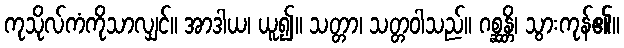
ကုသိုလ်ကံကိုသာလျှင်။ အာဒါယ၊ ယူ၍။ သတ္တာ၊ သတ္တဝါသည်။ ဂစ္ဆန္တိ၊ သွားကုန်၏။